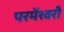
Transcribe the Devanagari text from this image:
परमेंश्वरी